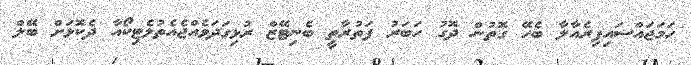
ހަމަޖައްސައިފިރެއާލާ ބެހޭ ގޮތުން ދޮގު ހަބަރު ފަތުރާތީ ބެނިޓޭޒް ރުޅިގަދަވެއްޖެއެތުލެޓިކޯއާ ދެކޮޅަށް ބޭލް